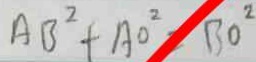
A B ^ { 2 } + A O ^ { 2 } = B O ^ { 2 }